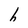
Character: h